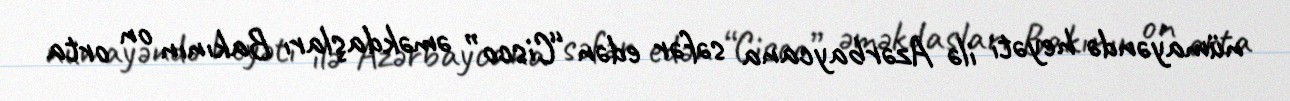
nümayəndə heyəti ilə Azərbaycana səfər edən “Cisco” əməkdaşları Bakının on orta